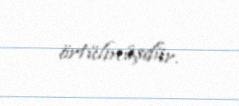
örtülmüşdür.